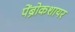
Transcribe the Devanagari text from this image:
पेंब्रोकशायर